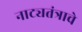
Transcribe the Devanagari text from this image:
नाट्यतंत्राचे